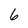
Character: 6